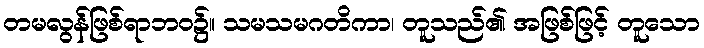
တမလွန်ဖြစ်ရာဘဝ၌။ သမသမဂတိကာ၊ တူသည်၏ အဖြစ်ဖြင့် တူသော